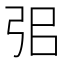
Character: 𢏈